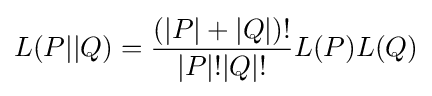
L(P||Q)={\frac {(|P|+|Q|)!}{|P|!|Q|!}}L(P)L(Q)